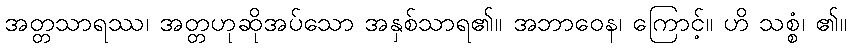
အတ္တသာရဿ၊ အတ္တဟုဆိုအပ်သော အနှစ်သာရ၏။ အဘာဝေန၊ ကြောင့်။ ဟိ သစ္စံ၊ ၏။